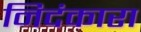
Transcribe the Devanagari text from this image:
निदंकारा